Annual administration report of the Civil Veterinary Department of India - 1894-1895
Year: 1894
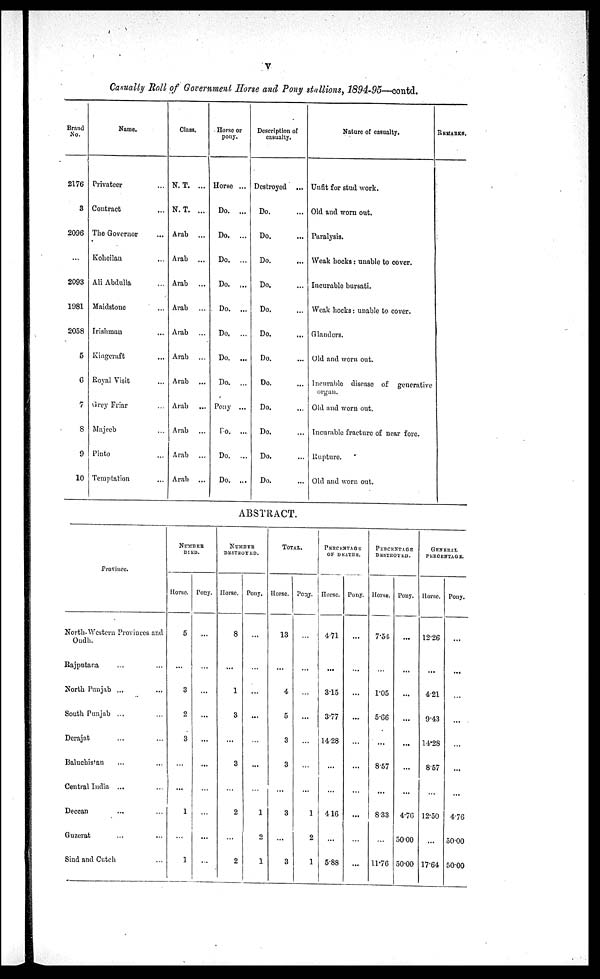
v
Casualty Roll of Government Horse and Pony stallions, 1894-95—contd.
Brand
No.
2176
3
2096
...
2093
1981
2058
5
6
7
8
9
10
Name.
Privateer ...
Contract ...
The Governor ...
Koheilan...
Ali Abdulla ...
Maidstone ...
Irishman ...
Kingcraft ...
Royal Visit ...
Grey Friar ...
Majeeb ...
Pinto ...
Temptation ...
Class.
N. T. ...
N. T. ...
Arab ...
Arab ...
Arab ...
Arab ...
Arab ...
Arab ...
Arab ...
Arab ...
Arab ...
Arab ...
Arab ...
Horse or
pony.
Horse ...
Do. ...
Do. ...
Do. ...
Do. ...
Do. ...
Do. ...
Do. ...
Do. ...
Pony ...
Do. ...
Do. ...
Do. ...
Description of
casualty.
Destroyed ...
Do. ...
Do. ...
Do. ...
Do. ...
Do. ...
Do. ...
Do. ...
Do. ...
Do. ...
Do. ...
Do. ...
Do. ...
Nature of casualty.
Unfit for stud work.
Old and worn out.
Paralysis.
Weak bocks: unable to cover.
Incurable bursati.
Weak hocks: unable to cover.
Glanders.
Old and worn out.
Incurable disease of generative
organ.
Old and worn out.
Incurable fracture of near fore.
Rupture.
Old and worn out.
REMARKS
ABSTRACT.
Province.
North-Western Provinces and
Oudh.
Rajputana ... ...
North Punjab ... ...
South Punjab ... ...
Derajat ... ...
Baluchistan ... ...
Central India ... ...
Deccan ... ...
Guzerat ... ...
Sind and Cutch ... ...
NUMBER
DIED.
Horse.
5
...
3
2
3
...
...
1
...
1
Posy.
...
...
...
...
...
...
...
...
...
...
NUMBER
DESTROYED.
Horse.
8
...
1
3
...
3
...
2
...
2
Pony.
...
...
...
...
...
...
...
1
2
1
TOTAL
Horse.
13
...
4
5
3
3
...
3
...
3
Pony.
...
...
...
...
...
...
...
1
2
1
PERCENTAGE
OF DEATHS.
Horse.
4.71
...
3.15
3.77
14.28
...
...
4.16
...
5.88
Pony.
...
...
...
...
...
...
...
...
...
...
PERCENTAGE
DESTROYED.
Horse.
7.54
...
1.05
5.66
...
8.57
...
8.33
...
11.76
Pony.
...
...
...
...
...
...
...
4.76
50.00
50.00
GENERAL
PERCENTAGE.
Horse.
12.26
...
4.21
9.43
14.28
8.57
...
12.50
...
17.64
Pony.
...
...
...
...
...
...
4.76
50.00
50.00